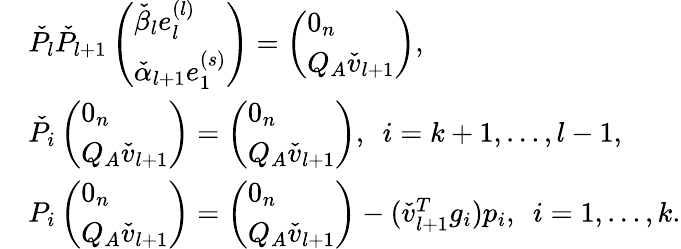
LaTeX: \begin{array}{rl}&{\check{P}_{l}\check{P}_{l+1}\left(\begin{array}{l}{\check{\beta}_{l}e_{l}^{(l)}}\\ {\check{\alpha}_{l+1}e_{1}^{(s)}}\end{array}\right)=\left(\begin{array}{l}{0_{n}}\\ {Q_{A}\check{v}_{l+1}}\end{array}\right),}\\ &{\check{P}_{i}\left(\begin{array}{l}{0_{n}}\\ {Q_{A}\check{v}_{l+1}}\end{array}\right)=\left(\begin{array}{l}{0_{n}}\\ {Q_{A}\check{v}_{l+1}}\end{array}\right),\ \ i=k+1,\dots,l-1,}\\ &{P_{i}\left(\begin{array}{l}{0_{n}}\\ {Q_{A}\check{v}_{l+1}}\end{array}\right)=\left(\begin{array}{l}{0_{n}}\\ {Q_{A}\check{v}_{l+1}}\end{array}\right)-(\check{v}_{l+1}^{T}g_{i})p_{i},\ \ i=1,\dots,k.}\end{array}